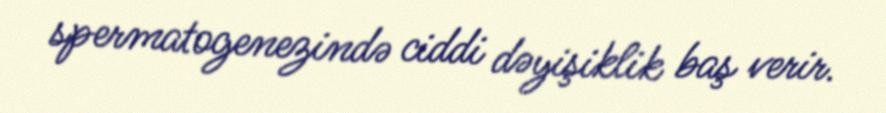
spermatogenezində ciddi dəyişiklik baş verir.